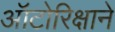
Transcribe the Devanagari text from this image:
ऑटोरिक्षाने